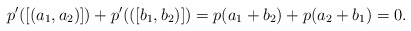
\begin{align*}p'([(a_1,a_2)]) + p'(([b_1,b_2)]) = p(a_1+b_2) + p(a_2+b_1) = 0.\end{align*}